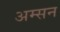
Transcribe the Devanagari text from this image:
अम्सन